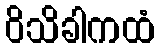
ဝိသိခါကထံ